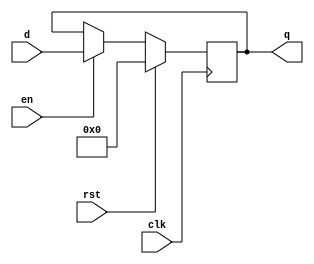
// This program was cloned from: https://github.com/lvyufeng/step_into_mips
// License: MIT License

`timescale 1ns / 1ps
//////////////////////////////////////////////////////////////////////////////////
// Company: 
// Engineer: 
// 
// Design Name: 
// Module Name: flopenr
// Project Name: 
// Target Devices: 
// Tool Versions: 
// Description: 
// 
// Dependencies: 
// 
// Revision:
// Revision 0.01 - File Created
// Additional Comments:
// 
//////////////////////////////////////////////////////////////////////////////////


module flopenr #(parameter WIDTH = 8)(
	input wire clk,rst,en,
	input wire[WIDTH-1:0] d,
	output reg[WIDTH-1:0] q
    );
	always @(posedge clk) begin
		if(rst) begin
			q <= 0;
		end else if(en) begin
			/* code */
			q <= d;
		end
	end
endmodule